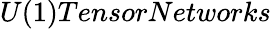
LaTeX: U(1)TensorNetworks